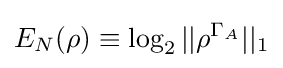
E_{N}(\rho )\equiv \log _{2}||\rho ^{\Gamma _{A}}||_{1}